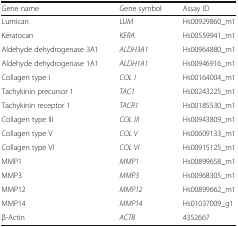
| Gene name | Gene symbol | Assay ID |
 | --- | --- | --- |
 | Lumican | LUM | Hs00929860_m1 |
 | Keratocan | KERA | Hs00559941_m1 |
 | Aldehyde dehydrogenase 3A1 | ALDH3A1 | Hs00964880_m1 |
 | Aldehyde dehydrogenase 1A1 | ALDH1A1 | Hs00946916_m1 |
 | Collagen type I | COL I | Hs00164004_m1 |
 | Tachykinin precursor 1 | TAC1 | Hs00243225_m1 |
 | Tachykinin receptor 1 | TACR1 | Hs00185530_m1 |
 | Collagen type III | COL III | Hs00943809_m1 |
 | Collagen type V | COL V | Hs00609133_m1 |
 | Collagen type VI | COL VI | Hs00915125_m1 |
 | MMP1 | MMP1 | Hs00899658_m1 |
 | MMP3 | MMP3 | Hs00968305_m1 |
 | MMP12 | MMP12 | Hs00899662_m1 |
 | MMP14 | MMP14 | Hs01037009_g1 |
 | β-Actin | ACTB | 4352667 |